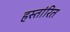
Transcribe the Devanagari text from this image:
हस्तांरित